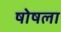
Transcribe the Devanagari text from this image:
षोषला